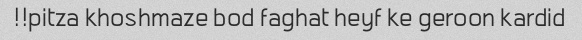
pitza khoshmaze bod faghat heyf ke geroon kardid!!